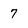
Character: 7